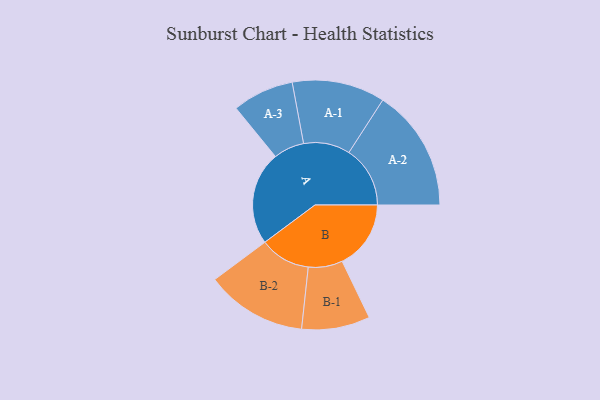
{"axis": {"x": "Segment", "y": "Value"}, "legend": ["", "A", "B"], "data": [{"x": "A", "y": 457, "type": ""}, {"x": "B", "y": 336, "type": ""}, {"x": "A-1", "y": 227, "type": "A"}, {"x": "A-2", "y": 299, "type": "A"}, {"x": "A-3", "y": 150, "type": "A"}, {"x": "B-1", "y": 167, "type": "B"}, {"x": "B-2", "y": 247, "type": "B"}]}